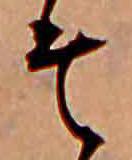
そ